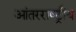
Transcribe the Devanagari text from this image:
आंतरराष्‍ट्रीय